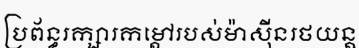
ប្រព័ន្ធរក្សារកម្តៅរបស់ម៉ាស៊ីនរថយន្ត